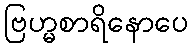
ဗြဟ္မစာရိနောပေ